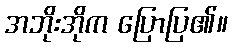
အဘိုးအိုက ပြောပြ၏။